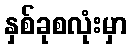
နှစ်ခုစလုံးမှာ